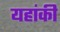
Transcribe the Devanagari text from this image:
यहांकी